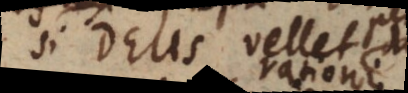
si Deus vellet